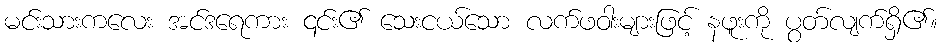
မင်းသားကလေး အင်ဒရေကား ၎င်း၏ သေးငယ်သော လက်ဖဝါးများဖြင့် နဖူးကို ပွတ်လျက်ရှိ၏။